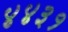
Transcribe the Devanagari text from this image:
४४३१